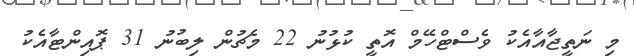
މި ނަތީޖާއާއެކު ވެސްޓްހޭމް އޮތީ ކުޅުނު 22 މެޗުން ލިބުނު 31 ޕޮއިންޓާއެކު